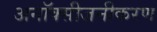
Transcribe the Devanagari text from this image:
अनॉक्सीजनीकरण